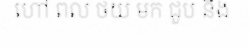
ហៅ ពល ថយ មក ជួប នឹង